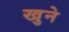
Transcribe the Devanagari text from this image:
खुने